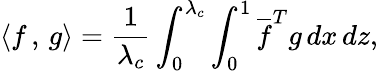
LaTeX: \langle f\, ,\, g\rangle=\frac{1}{\lambda_{c}}\int_{0}^{\lambda_{c}}\int_{0}^{1}\overline{{f}}^{T}g\, dx\, dz,